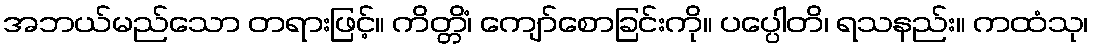
အဘယ်မည်သော တရားဖြင့်။ ကိတ္တိံ၊ ကျော်စောခြင်းကို။ ပပ္ပေါတိ၊ ရသနည်း။ ကထံသု၊